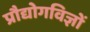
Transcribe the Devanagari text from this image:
प्रौद्योगविज्ञों